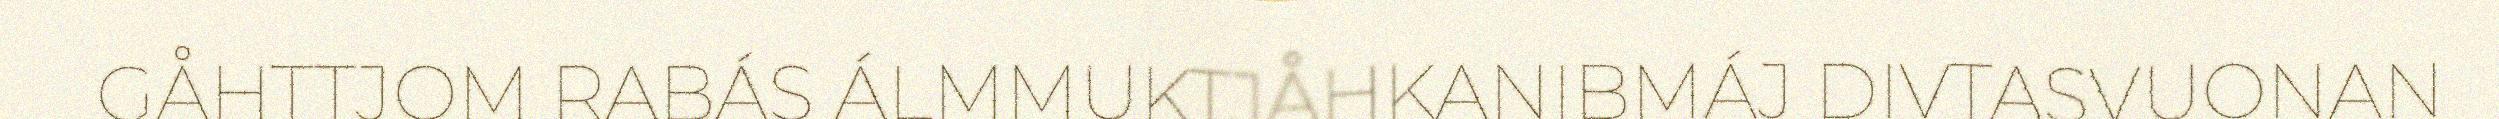
GÅHTTJOM RABÁS ÁLMMUKTJÅHKANIBMÁJ DIVTASVUONAN